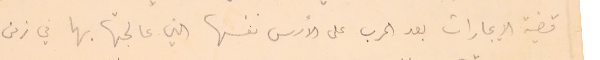
قضة الايجارات بعد الحرب على الأسس نفسها التي عالجتها بها في زمن